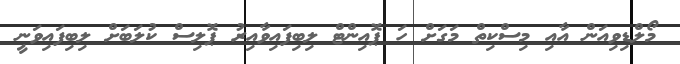
މޯލްޑިވިއަން އާއި މިސްކިތް މަގަށް ހަ ޕޮއިންޓް ލިބިފައިވާއިރު ޕޮލިސް ކުލަބަށް ލިބިފައިވަނީ